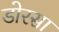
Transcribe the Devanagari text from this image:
डोरसा